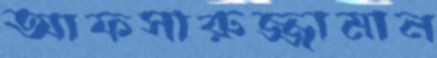
আফসারুজ্জামান